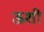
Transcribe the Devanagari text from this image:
ऊशी